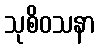
သုစိဝသနာ